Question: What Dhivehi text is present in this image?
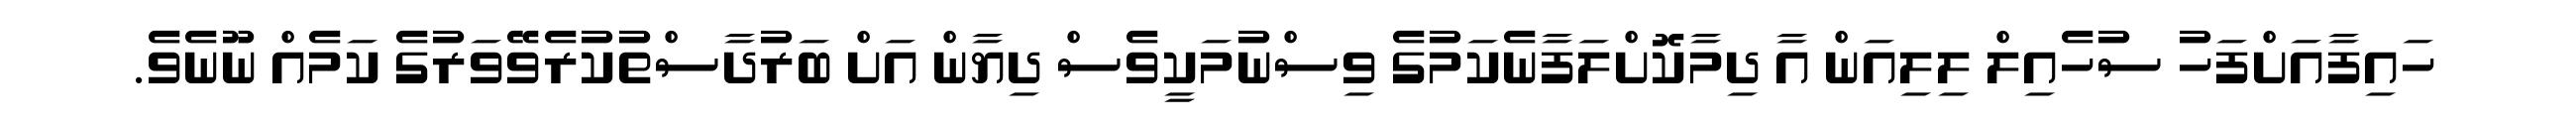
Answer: ހައިފާއަށްފަހު ސުހެއިލް ލިލިއަން އާ ދިމާކޮށްލަފާނެކަމުގެ ވިސްނުމަކީވެސް ދިޔާން އަށް ބަރުދާސްތުކުރެވޭވަރުގެ ކަމެއް ނޫނެވެ.